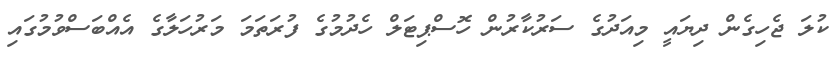
ކުލަ ޖެހިގެން ދިޔައީ މިއަދުގެ ސަރުކާރުން ހޮސްޕިޓަލް ހެދުމުގެ ފުރަތަމަ މަރުހަލާގެ އެއްބަސްވުމުގައި